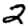
Digit: 2